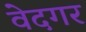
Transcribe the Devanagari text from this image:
वेदगर